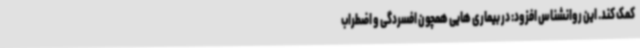
کمک کند. این روانشناس افزود: در بیماری هایی همچون افسردگی و اضطراب